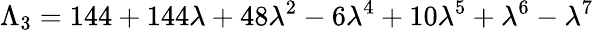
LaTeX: \Lambda_{3}=144+144\lambda+48\lambda^{2}-6\lambda^{4}+10\lambda^{5}+\lambda^{6}-\lambda^{7}